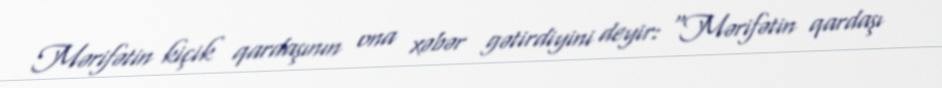
Mərifətin kiçik qardaşının ona xəbər gətirdiyini deyir: “Mərifətin qardaşı